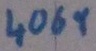
Text: 4069